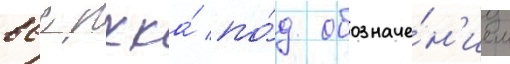
ввс ркка́ по́д обозначе́н'ием